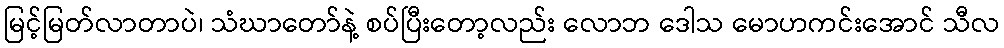
မြင့်မြတ်လာတာပဲ၊ သံဃာတော်နဲ့ စပ်ပြီးတော့လည်း လောဘ ဒေါသ မောဟကင်းအောင် သီလ